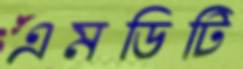
এমডিটি